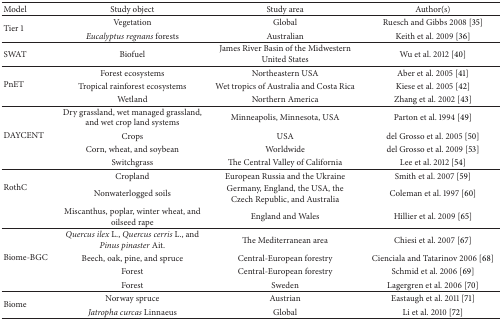
<table><thead><tr><td><b>Model</b></td><td><b>Study object </b></td><td><b>Study area </b></td><td><b>Author(s)</b></td></tr></thead><tbody><tr><td rowspan="2">Tier 1</td><td>Vegetation </td><td>Global </td><td>Ruesch and Gibbs 2008 [35]</td></tr><tr><td><i>Eucalyptus regnans</i> forests</td><td>Australian</td><td>Keith et al. 2009 [36]</td></tr><tr><td>SWAT</td><td>Biofuel</td><td>James River Basin of the Midwestern United States</td><td>Wu et al. 2012 [40]</td></tr><tr><td rowspan="3">PnET</td><td>Forest ecosystems</td><td>Northeastern USA</td><td>Aber et al. 2005 [41]</td></tr><tr><td>Tropical rainforest ecosystems</td><td>Wet tropics of Australia and Costa Rica</td><td>Kiese et al. 2005 [42]</td></tr><tr><td>Wetland</td><td>Northern America</td><td>Zhang et al. 2002 [43]</td></tr><tr><td rowspan="4">DAYCENT</td><td>Dry grassland, wet managed grassland, and wet crop land systems</td><td>Minneapolis, Minnesota, USA</td><td>Parton et al. 1994 [49]</td></tr><tr><td>Crops</td><td>USA</td><td>del Grosso et al. 2005 [50]</td></tr><tr><td>Corn, wheat, and soybean</td><td>Worldwide</td><td>del Grosso et al. 2009 [53]</td></tr><tr><td>Switchgrass</td><td>The Central Valley of California</td><td>Lee et al. 2012 [54]</td></tr><tr><td rowspan="3">RothC</td><td>Cropland</td><td>European Russia and the Ukraine</td><td>Smith et al. 2007 [59]</td></tr><tr><td>Nonwaterlogged soils</td><td>Germany, England, the USA, the Czech Republic, and Australia</td><td>Coleman et al. 1997 [60]</td></tr><tr><td>Miscanthus, poplar, winter wheat, and oilseed rape</td><td>England and Wales</td><td>Hillier et al. 2009 [65]</td></tr><tr><td rowspan="4">Biome-BGC</td><td><i>Quercus ilex</i> L., <i>Quercus cerris</i> L., and <i>Pinus pinaster</i> Ait.</td><td>The Mediterranean area</td><td>Chiesi et al. 2007 [67]</td></tr><tr><td>Beech, oak, pine, and spruce</td><td>Central-European forestry</td><td>Cienciala and Tatarinov 2006 [68]</td></tr><tr><td>Forest</td><td>Central-European forestry</td><td>Schmid et al. 2006 [69]</td></tr><tr><td>Forest</td><td>Sweden</td><td>Lagergren et al. 2006 [70]</td></tr><tr><td rowspan="2">Biome</td><td>Norway spruce</td><td>Austrian</td><td>Eastaugh et al. 2011 [71]</td></tr><tr><td><i>Jatropha curcas</i> Linnaeus</td><td>Global</td><td>Li et al. 2010 [72]</td></tr></tbody></table>